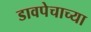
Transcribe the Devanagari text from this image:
डावपेचाच्या